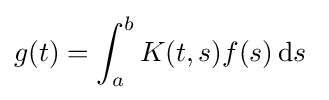
g(t)=\int _{a}^{b}K(t,s)f(s)\,\mathrm {d} s~